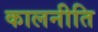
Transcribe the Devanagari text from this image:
कालनीति